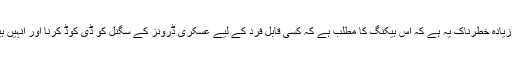
نوئل کے مطابق ’اس سے بھی زیادہ خطرناک یہ ہے کہ اس ہیکنگ کا مطلب ہے کہ کسی قابل فرد کے لیے عسکری ڈرونز کے سگنل کو ڈی کوڈ کرنا اور انہیں ہیک کرنا زیادہ مشکل نہیں ہوگا۔